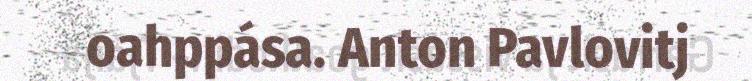
oahppása. Anton Pavlovitj